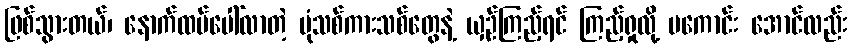
ဖြစ်သွားတယ်၊ နောက်ထပ်ပေါ်လာတဲ့ ပုံသစ်ကားသစ်တွေနဲ့ ယှဉ်ကြည့်ရင် ကြည့်ရှုလို့ မကောင်း အောင်လည်း